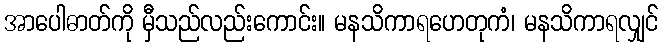
အာပေါဓာတ်ကို မှီသည်လည်းကောင်း။ မနသိကာရဟေတုကံ၊ မနသိကာရလျှင်